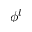
\phi ^ { l }